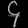
Digit: ၄